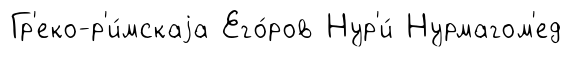
Гр'еко-р'и́мскаjа Его́ров Нур'и́ Нурмагом'ед